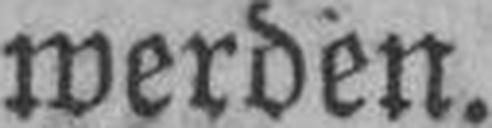
werden.